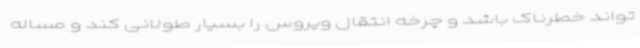
تواند خطرناک باشد و چرخه انتقال ویروس را بسیار طولانی کند و مساله